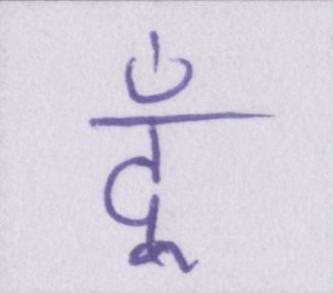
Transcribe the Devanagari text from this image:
दूँ